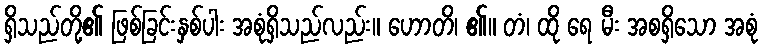
ရှိသည်တို့၏ ဖြစ်ခြင်းနှစ်ပါး အစုံရှိသည်လည်း။ ဟောတိ၊ ၏။ တံ၊ ထို ရေ မီး အစရှိသော အစုံ